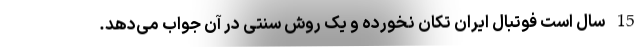
15 سال است فوتبال ایران تکان نخورده و یک روش سنتی در آن جواب می‌دهد.